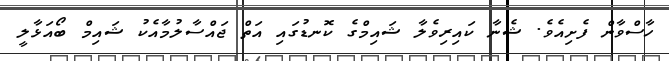
ހާސްވާން ފެށިއެވެ. ޝެނާ ކައިރިވެލާ ޝައިމްގެ ކޮނޑުގައި އަތް ޖައްސާލުމާއެކު ޝައިމް ބޯއަޅާލީ